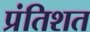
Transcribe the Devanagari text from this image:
प्रंतिशत